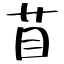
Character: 苜